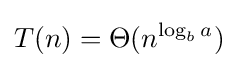
T(n)=\Theta (n^{\log _{b}a})